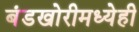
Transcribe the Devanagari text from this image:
बंडखोरीमध्येही